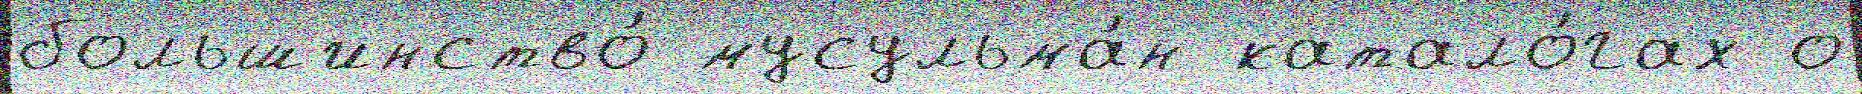
большинство́ мусульма́н катало́гах о